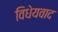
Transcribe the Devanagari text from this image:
विधेयवाद